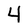
Character: 4